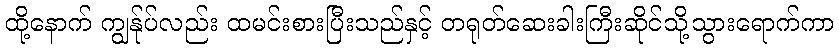
ထို့နောက် ကျွန်ုပ်လည်း ထမင်းစားပြီးသည်နှင့် တရုတ်ဆေးခါးကြီးဆိုင်သို့သွားရောက်ကာ